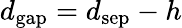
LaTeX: d_{\mathrm{{gap}}}=d_{\mathrm{{sep}}}-h